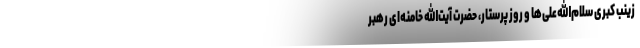
زینب کبری سلام‌الله‌علی‌ها و روز پرستار، حضرت آیت‌الله خامنه‌ای رهبر